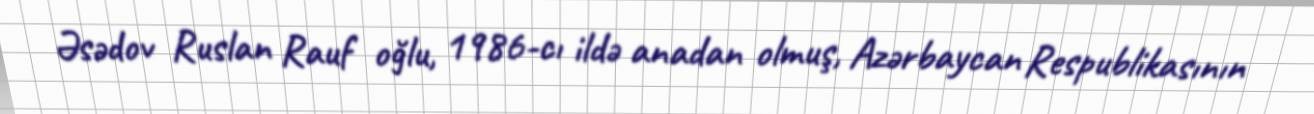
Əsədov Ruslan Rauf oğlu, 1986-cı ildə anadan olmuş, Azərbaycan Respublikasının